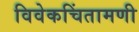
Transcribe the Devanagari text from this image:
विवेकचिंतामणी